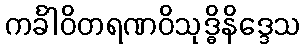
ကင်္ခါဝိတရဏဝိသုဒ္ဓိနိဒ္ဒေသ